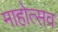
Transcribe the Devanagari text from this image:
माहोत्सव